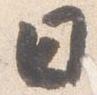
日